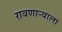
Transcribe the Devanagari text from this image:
राबणार्‍याला